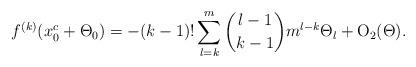
LaTeX: \begin{align*} f^{(k)}(x_{0}^{c} + \Theta_0) = -(k-1)! \sum_{l=k}^{m} {l-1 \choose k-1} m^{l-k} \Theta_l + {\mbox{O}}_{2}(\Theta).\end{align*}